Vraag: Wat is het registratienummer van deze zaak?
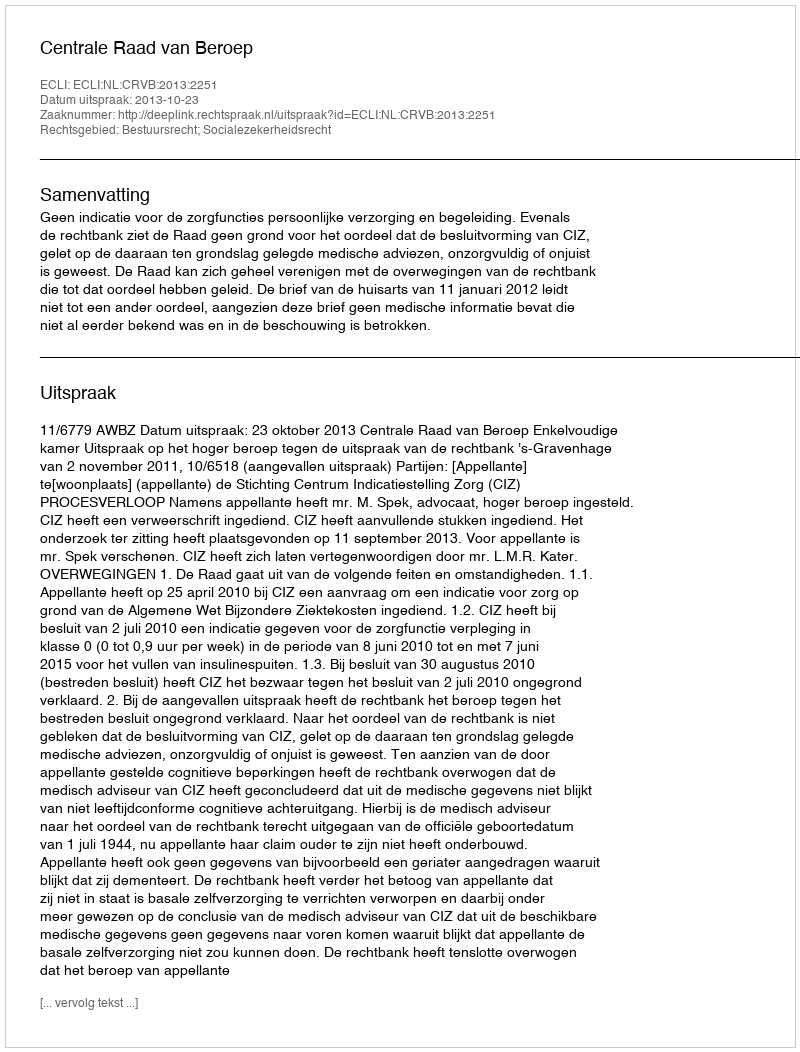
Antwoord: http://deeplink.rechtspraak.nl/uitspraak?id=ECLI:NL:CRVB:2013:2251